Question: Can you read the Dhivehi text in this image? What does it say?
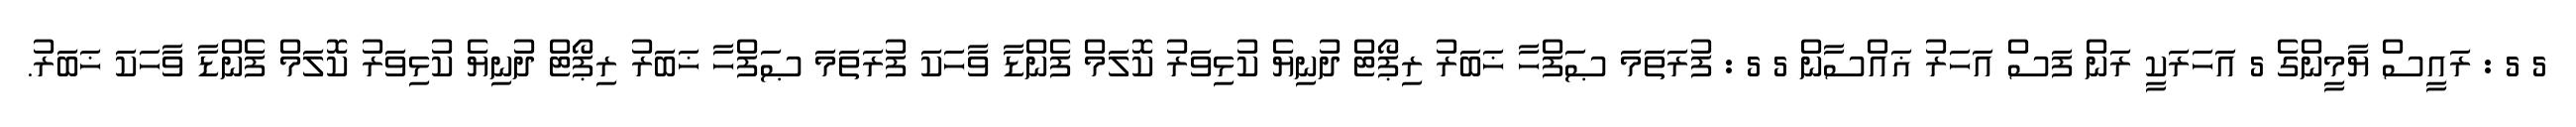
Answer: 5 5 : ރައީސް ޔާމީންގެ 5 އަހަރަކީ ރަން ފަސް އަހަރު ޣައްސާން 5 5 : ފުރަތަމަ ޞަފްހާ ޚަބަރު ރިޕޯޓް ދުނިޔެ ކުޅިވަރު ކޮލަމް ފެންޑާ ވާހަކަ ފުރަތަމަ ޞަފްހާ ޚަބަރު ރިޕޯޓް ދުނިޔެ ކުޅިވަރު ކޮލަމް ފެންޑާ ވާހަކަ ޚަބަރު.